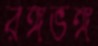
রঙ্গভঙ্গ